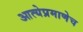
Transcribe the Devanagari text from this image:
आत्येप्रमाणेच